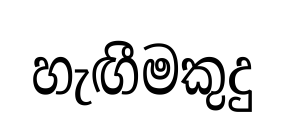
හැඟීමකුදු